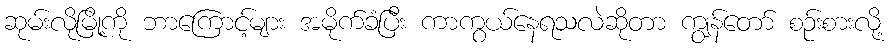
ဆုမ်းလိုမြို့ကို ဘာကြောင့်များ အမိုက်ခံပြီး ကာကွယ်နေရသလဲဆိုတာ ကျွန်တော် စဉ်းစားလို့